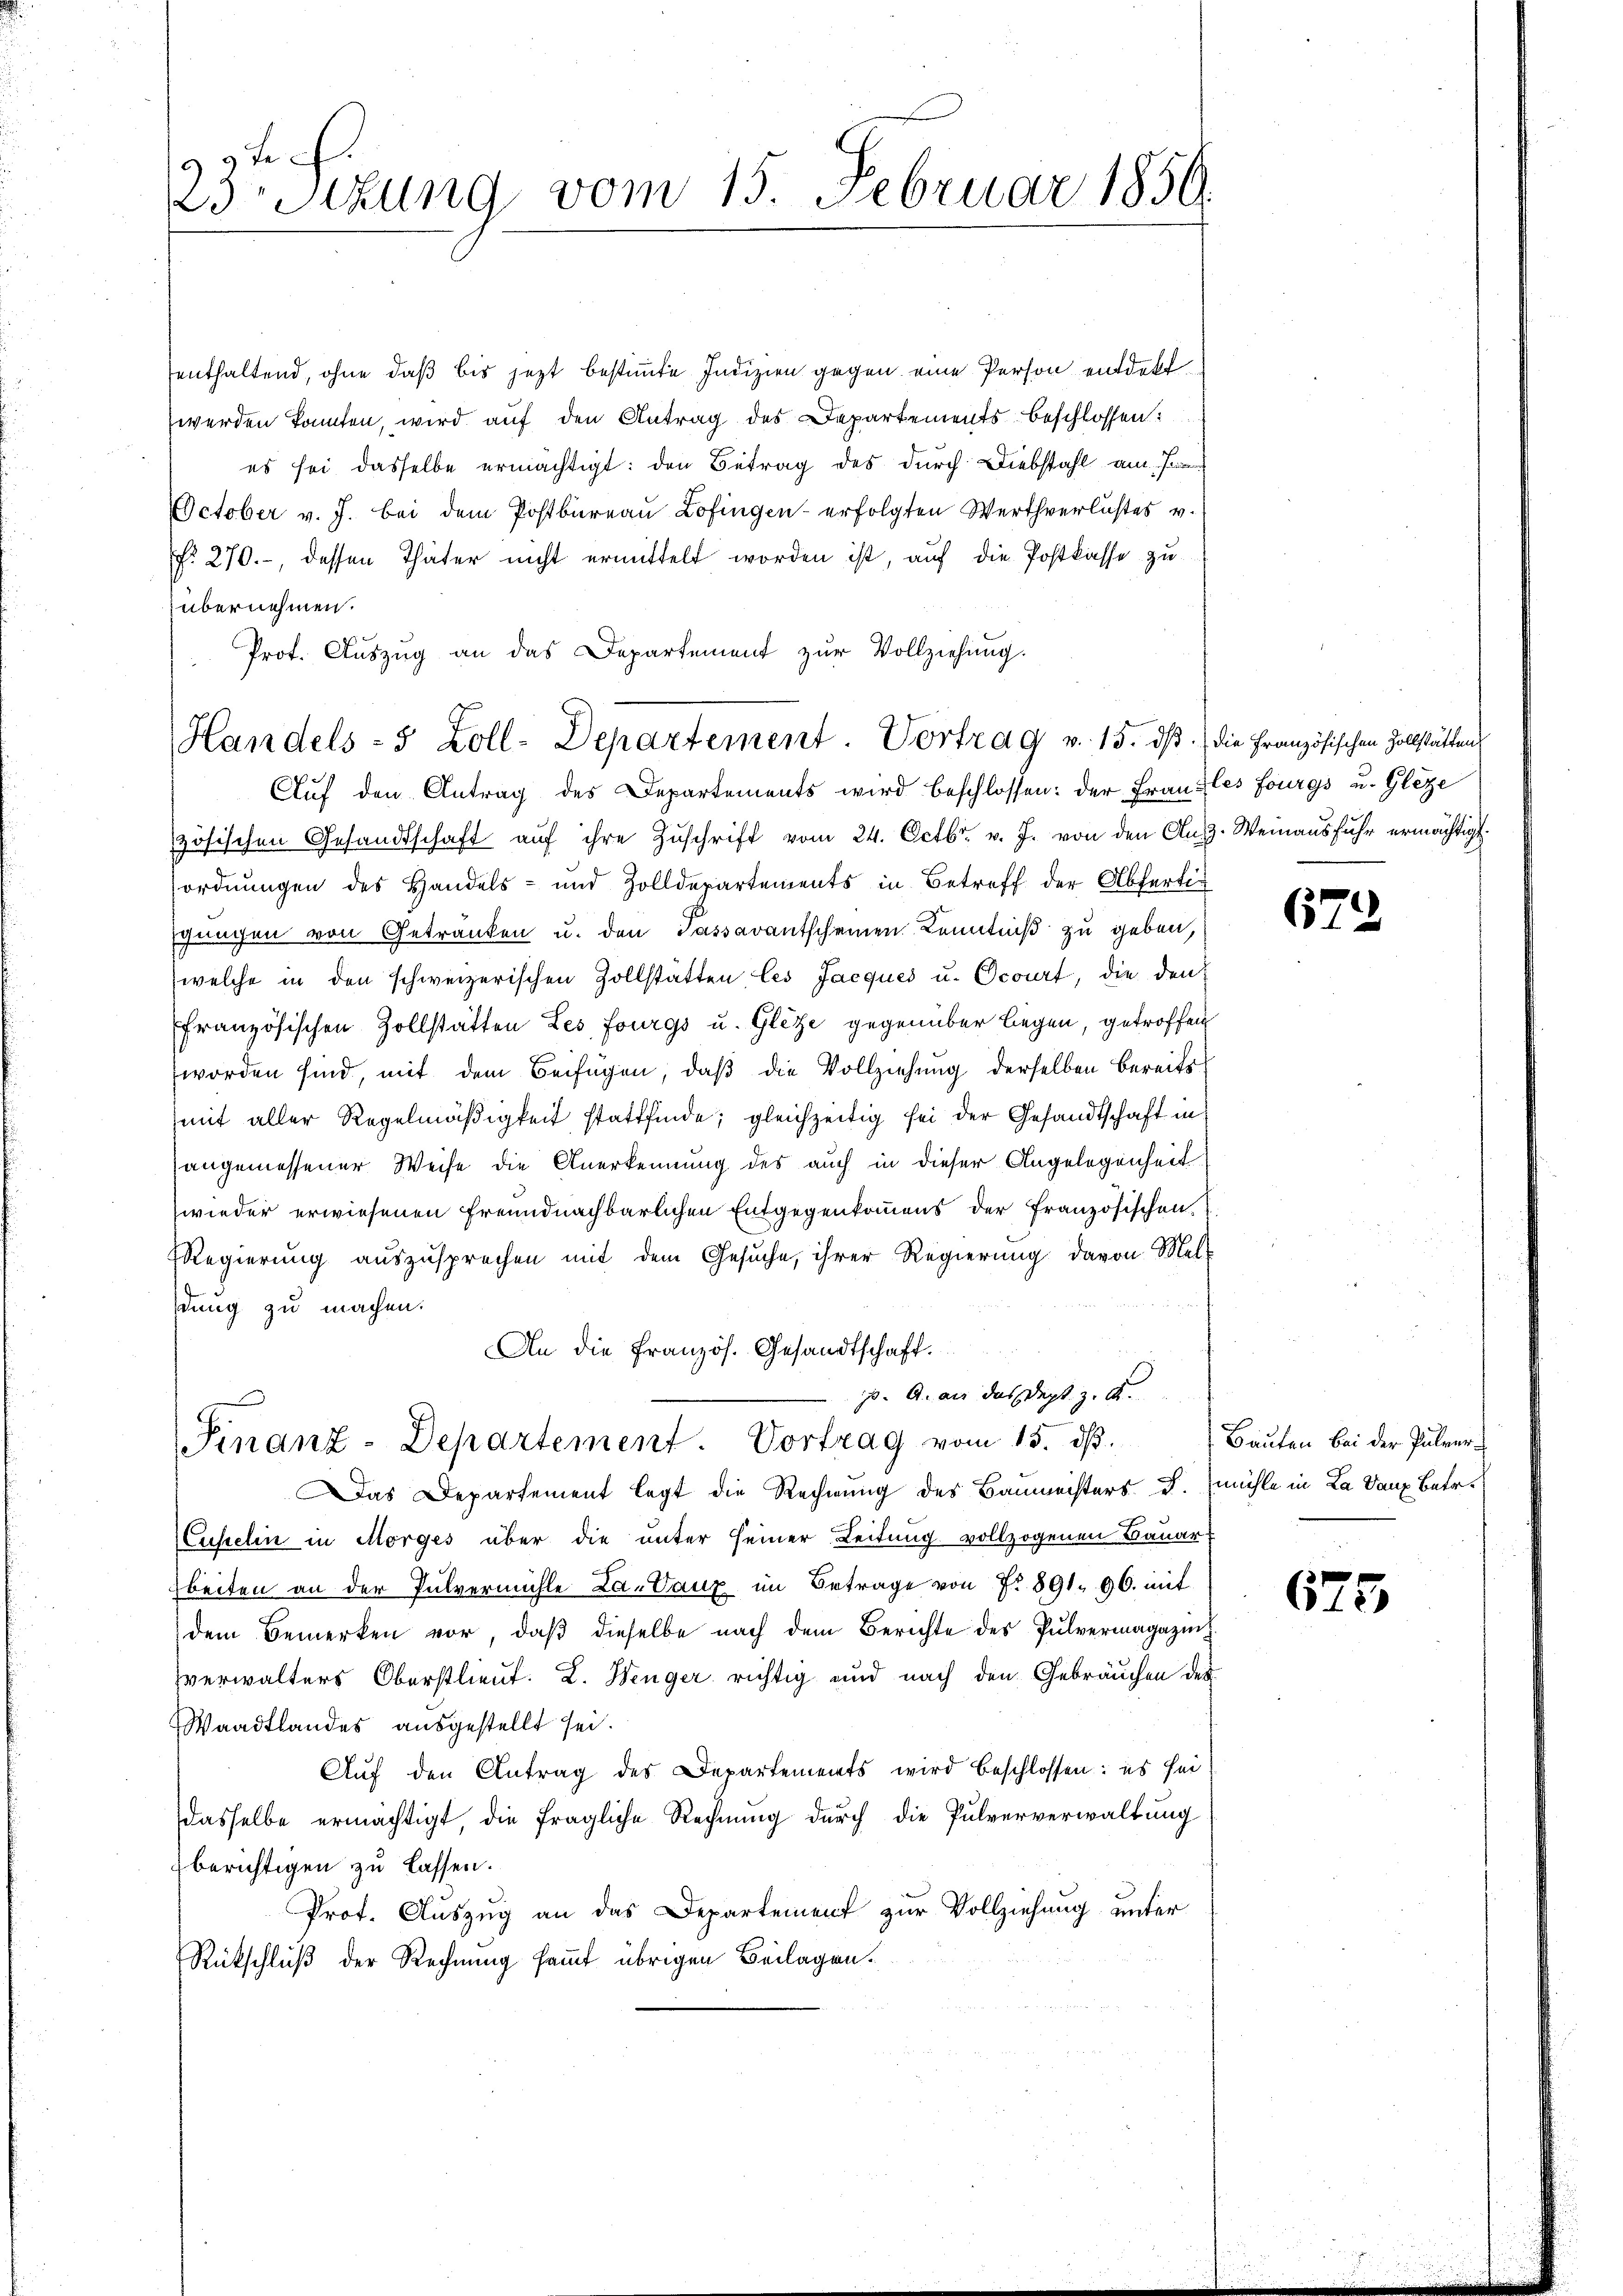
9 te
3Stzung vom 15. Februar 1859.

enthaltend, ohne daß bis jezt bestimmte Indizien gegen eine Person entdekt
werden konnten, wird auf den Antrag des Departements beschlossen:
es sei dasselbe ermächtigt: den Betrag des durch Diebstahl am Han
October v. J. bei dem Postbureau Lofingen erfolgten Werthverlustes v.
No. 270.-, dessen Thäter nicht ermittelt worden ist, auf die Postkasse zu
übernehmen.
Prof. Auszug an das Departement zur Vollziehung.
Auf den Antrag des Departements wird beschlossen: der Frau les fourgs u. Gleze
zösischen Gesandtschaft aŭf ihre Zuschrift vom 24. Octbr. v. J. von den Ausz. Weinausfuhr ermächtigt
ordnungen des Handels- und Zolldepartements in Betreff der Abfertig
gungen von Getranken u. den Passavantscheinen Kenntniß zu geben,
(welche in den schweizerischen Zollstätten les Jacques u. Ocourt, die den
ffranzösischen Zollstätten Les fourgs u. Gletze gegenüber liegen, getroffen
worden sind, mit dem Beifügen, daß die Vollziehung derselben bereits
mit aller Regelmäßigkeit stattfinde; gleichzeitig sei der Gesandtschaft in
angemessener Weise die Anerkennung des auch in dieser Angelegenheit
wieder erwiesenen Freundnachbarlichen Entgegenkommens der Französischen
Regierung auszusprechen mit dem Gesuche, ihrer Regierung davon Mel
dung zu machen.
An die Französ. Gesandtschaft.
j. A. an das Dept. z. K.
Finanz-Departement. Vortrag vom 15. dβ.
as Departement legt die Rechnung des Baumeisters F. (mühle in La dann Betr.
Custelin in Morges über die unter seiner Leitung vollzogenen Bauart
beiten an der Pulvermühle La-Vaux im Betrage von No 891. 96. mit
dem Bemerken vor, daß dieselbe nach dem Berichte des Pulvermagazins
zverwalters Oberstlieut. L. Wenger richtig und nach den Gebräuchen des
Waadtlandes ausgestellt sei.
Auf den Antrag des Departements wird beschlossen: es sei
dasselbe ermächtigt, die fragliche Rechnung durch die Pulververwaltung
berichtigen zu lassen.
Prof. Auszug an das Departement zur Vollziehung unter
Rückschluß der Rechnung sammt übrigen Beilagen.

Handels- 5 Zoll-Departement. Vortrag v. 15. ds. die Französischen Zollstätten

672

Bauten bei der Pulver¬

675